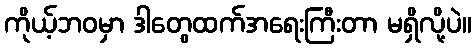
ကိုယ့်ဘဝမှာ ဒါတွေထက်အရေးကြီးတာ မရှိလို့ပဲ။